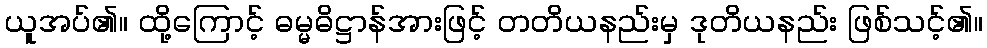
ယူအပ်၏။ ထို့ကြောင့် ဓမ္မဓိဋ္ဌာန်အားဖြင့် တတိယနည်းမှ ဒုတိယနည်း ဖြစ်သင့်၏။